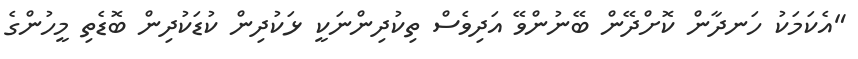
"އެކަމަކު ހަނދާން ކޮށްދޭން ބޭނުންވޭ އަދިވެސް ތިކުދިންނަކީ ޅަކުދިން ކުޑަކުދިން ބޮޑެތި މީހުންގެ